Civil Veterinary Department. Madras. Admin. report 1926-33 - 1926-1933
Year: 1926
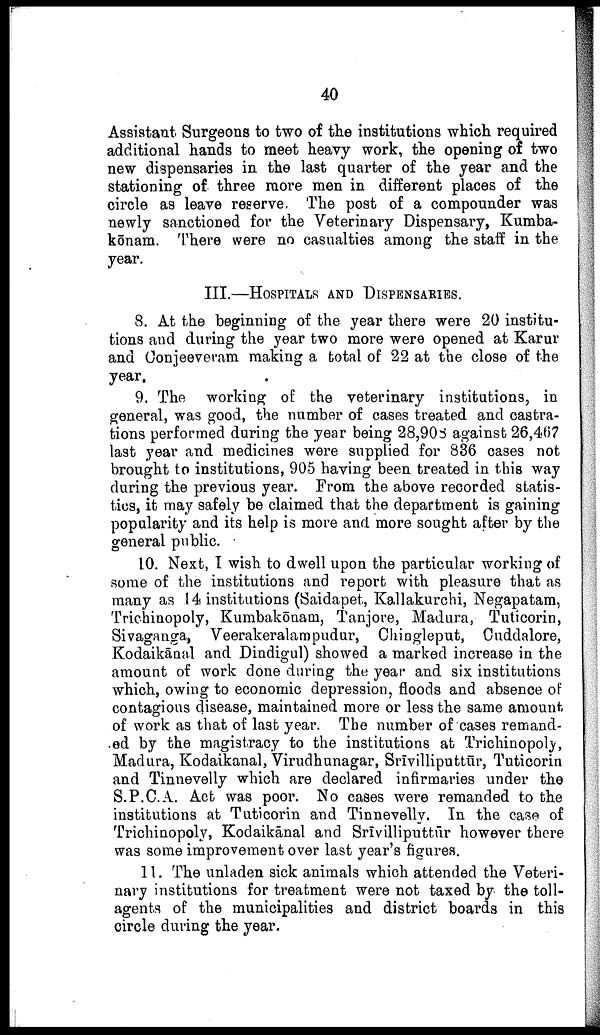
40
Assistant Surgeons to two of the institutions which required
additional hands to meet heavy work, the opening of two
new dispensaries in the last quarter of the year and the
stationing of three more men in different places of the
circle as leave reserve, The post of a compounder was
newly sanctioned for the Veterinary Dispensary, Kumba-
kōnam. There were no casualties among the staff in the
year.
III.—HOSPITALS AND DISPENSARIES.
8. At the beginning of the year there were 20 institu
tions and during the year two more were opened at Karur
and Conjeeveram making a total of 22 at the close of the
year.
9. The working of the veterinary institutions, in
general, was good, the number of cases treated and castra
tions performed during the year being 28,908 against 26,467
last year and medicines were supplied for 836 cases not
brought to institutions, 905 having been treated in this way
during the previous year. From the above recorded statis
tics, it may safely be claimed that the department is gaining
popularity and its help is more and more sought after by the
general public.
10. Next, I wish to dwell upon the particular working of
some of the institutions and report with pleasure that as
many as 14 institutions (Saidapet, Kallakurchi, Negapatam,
Trichinopoly, Kumbakōnam, Tanjore, Madura, Tuticorin,
Sivaganga, Veerakeralampudur, Chingleput, Cuddalore,
Kodaikānal and Dindigul) showed a marked increase in the
amount of work done during the year and six institutions
which, owing to economic depression, floods and absence of
contagious disease, maintained more or less the same amount
of work as that of last year. The number of cases remand
ed by the magistracy to the institutions at Trichinopoly,
Madura, Kodaikanal, Virudhunagar, Srīvilliputtūr, Tuticorin
and Tinnevelly which are declared infirmaries under the
S.P.C.A. Act was poor. No cases were remanded to the
institutions at Tuticorin and Tinnevelly. In the case of
Trichinopoly, Kodaikanal and Srīvilliputtūr however there
was some improvement over last year's figures.
11. The unladen sick animals which attended the Veteri
nary institutions for treatment were not taxed by the toll-
agents of the municipalities and district boards in this
circle during the year.